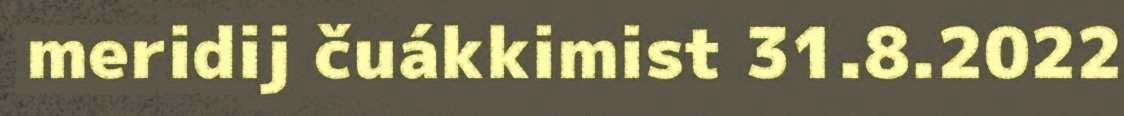
meridij čuákkimist 31.8.2022